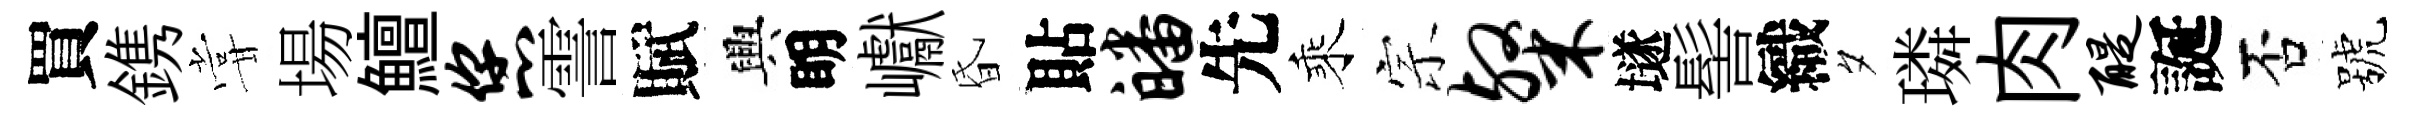
買鎸甞場鱣您霅賦興眀巘昏貼皤先乘宗粲𡑞髻織夕璘肉醍誕否號